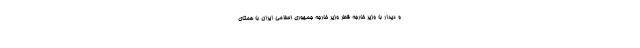
و دیدار با وزیر خارجه قطر وزیر خارجه جمهوری اسلامی ایران با همتای